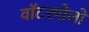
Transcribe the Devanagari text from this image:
वॉटरपोलो